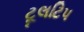
ટૂલટિપ